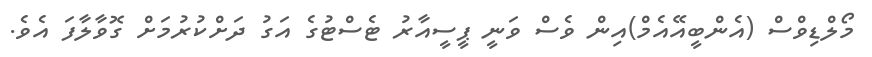
މޯލްޑިވްސް (އެންބީއޭއެމް)އިން ވެސް ވަނީ ޕީސީއާރު ޓެސްޓުގެ އަގު ދަށްކުރުމަށް ގޮވާލާފަ އެވެ.